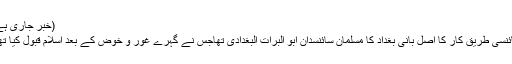
(خبر جاری ہے)
سائنسی طریقِ کار کا اصل بانی بغداد کا مسلمان سائنسدان ابو البرات البغدادی تھاجس نے گہرے غور و خوض کے بعد اِسلام قبول کیا تھا ۔